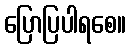
ပြောပြပါရစေ။